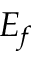
E _ { f }